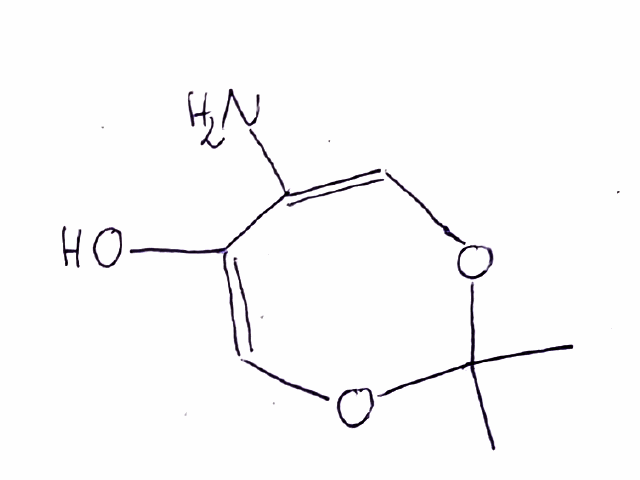
Simplified molecular-input line-entry system (SMILES) notation of the given molecule:
CC1(OC=C(C(=CO1)O)N)C